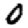
Digit: 0